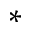
^ { * }